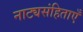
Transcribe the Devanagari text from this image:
नाट्यसंहिताएँ